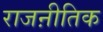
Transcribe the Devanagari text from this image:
राजऩीतिक